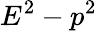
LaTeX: E^{2}-p^{2}